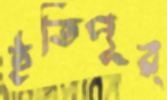
ইতিপূর্